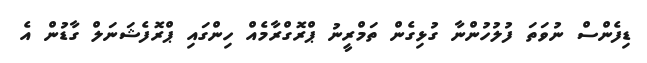
ޑިފެންސް ނުވަތަ ފުލުހުންނާ ގުޅިގެން ތަމްރީނު ޕްރޮގްރާމެއް ހިންގައި ޕްރޮފެޝަނަލް ގާޑުން އެ